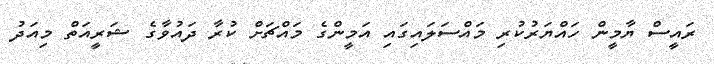
ރައީސް ޔާމީން ހައްޔަރުކުރި މައްސަލައިގައި އަމީންގެ މައްޗަށް ކުރާ ދައުވާގެ ޝަރީއަތް މިއަދު